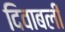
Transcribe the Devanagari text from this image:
दिवाबली